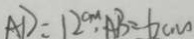
A D = 1 2 ^ { c m } \cdot A B = 6 c m